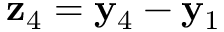
{ \bf z } _ { 4 } = { \bf y } _ { 4 } - { \bf y } _ { 1 }